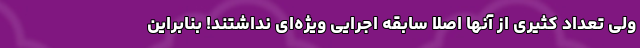
ولی تعداد کثیری از آنها اصلاً سابقه اجرایی ویژه‌ای نداشتند! بنابراین